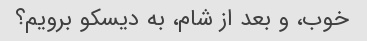
خوب، و بعد از شام، به دیسکو برویم؟